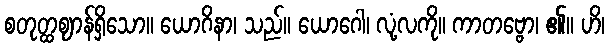
စတုတ္ထဈာန်ရှိသော။ ယောဂိနာ၊ သည်။ ယောဂေါ၊ လုံ့လကို။ ကာတဗ္ဗော၊ ၏။ ဟိ၊